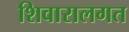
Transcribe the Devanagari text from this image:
शिवारालगत